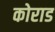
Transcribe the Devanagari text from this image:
कोराड